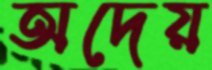
অদেয়